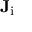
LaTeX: \mathbf { J } _ { \mathrm { i } }